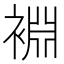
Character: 裫